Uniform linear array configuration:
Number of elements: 24
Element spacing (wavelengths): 0.75
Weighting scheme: hann
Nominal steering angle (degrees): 15
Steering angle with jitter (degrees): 13.421
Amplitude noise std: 0.05
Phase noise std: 0.05

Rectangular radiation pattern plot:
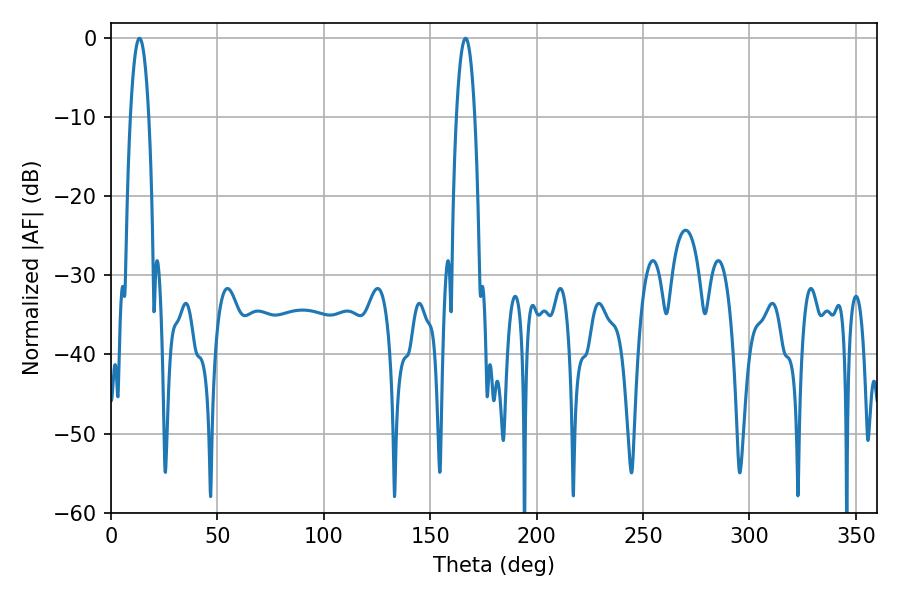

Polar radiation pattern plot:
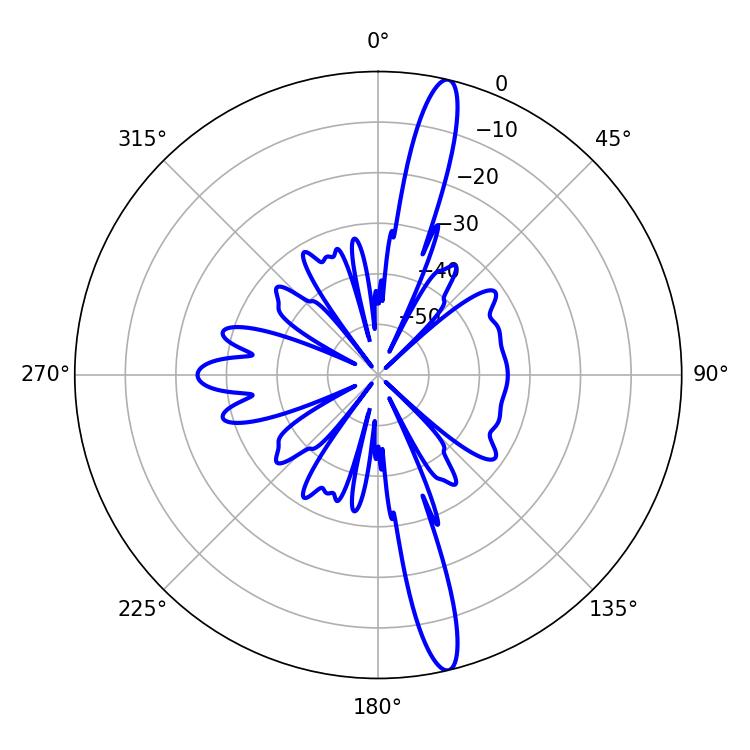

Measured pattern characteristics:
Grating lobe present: TRUE
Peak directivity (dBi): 16.87
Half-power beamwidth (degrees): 4.86
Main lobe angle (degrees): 13.32